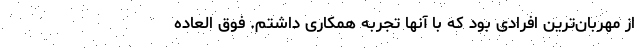
از مهربان‌ترین افرادی بود که با آنها تجربه همکاری داشتم. فوق العاده